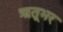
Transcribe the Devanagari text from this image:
ऋतूभर